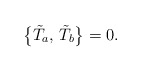
\begin{align*}\bigl\{\tilde T_a,\,\tilde T_b\bigr\}=0.\end{align*}